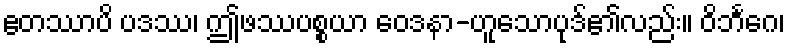
ဧတဿာပိ ပဒဿ၊ ဤဖဿပစ္စယာ ဝေဒနာ-ဟူသောပုဒ်၏လည်း။ ဝိဘင်္ဂေ၊